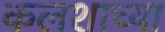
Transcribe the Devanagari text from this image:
कलशाच्या